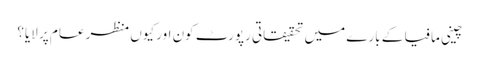
چینی مافیا کے بارے میں تحقیقاتی رپورٹ کون اور کیوں منظر عام پر لایا؟